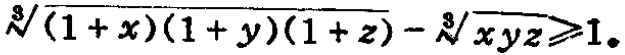
$\sqrt[3]{(1 + x)(1 + y)(1 + z)} - \sqrt[3]{xyz} \geqslant 1$